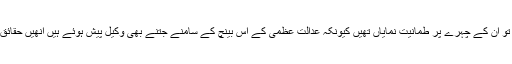
روسٹرم پر کچھ دیر گزارنے کے بعد جب وہ واپس آئے تو اُن کے چہرے پر طمانیت نمایاں تھیں کیونکہ عدالت عظمیٰ کے اس بینچ کے سامنے جتنے بھی وکیل پیش ہوئے ہیں اُنھیں حقائق تک پہنچنے کے لیے بہت زیادہ ’گرِل‘ کیا جاتا رہا ہے۔